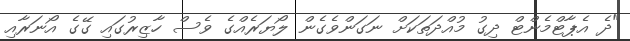
"ދެ އެޕާޓްމެންޓް ދިގު މުއްދަތަކަށް ނަގަންވެގެން ލޯޔަރެއްގެ ވެސް ހާޒިރުގައި ގޭގެ އޯނަރާއި